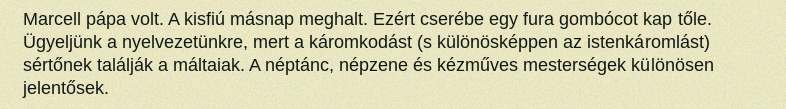
Marcell pápa volt. A kisfiú másnap meghalt. Ezért cserébe egy fura gombócot kap tőle. Ügyeljünk a nyelvezetünkre, mert a káromkodást (s különösképpen az istenkáromlást) sértőnek találják a máltaiak. A néptánc, népzene és kézműves mesterségek különösen jelentősek.